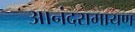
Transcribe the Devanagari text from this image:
आनंदरामायण